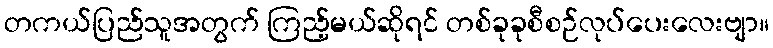
တကယ်ပြည်သူအတွက် ကြည့်မယ်ဆိုရင် တစ်ခုခုစီစဉ်လုပ်ပေးလေးဗျာ။